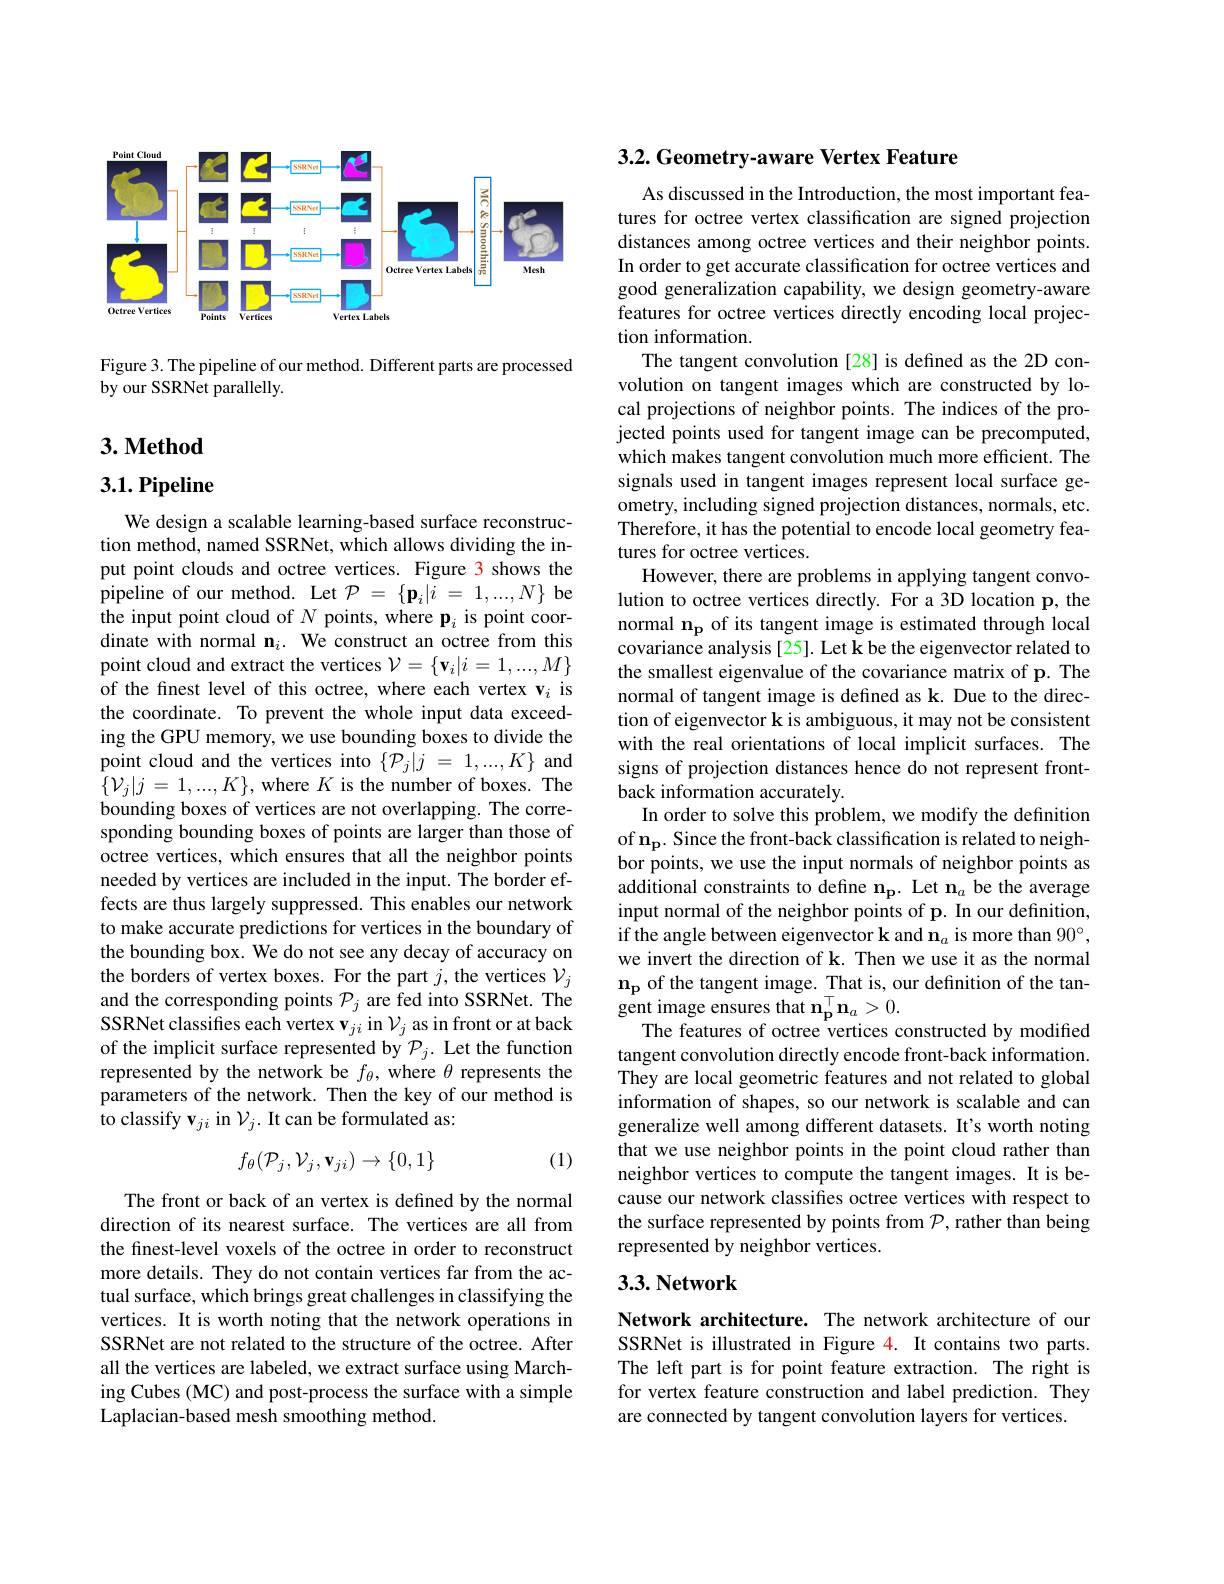
<FigureHere>

Figure 3. The pipeline of our method. Different parts are processed
by our SSRNet parallelly.

## $3. \textbf{Method}$

3.1. Pipeline

We design a scalable learning-based surface reconstruction method, named SSRNet, which allows dividing the input point clouds and octree vertices. Figure 3 shows the pipeline of our method. Let $\mathcal{P}=\{\mathbf{p}_i|i=1,...,N\}$ be the input point cloud of $N$ points, where p$_i$ is point coordinate with normal $\mathbf{n}_i.$ We construct an octree from this point cloud and extract the vertices $\mathcal{V}=\{\mathbf{v}_i|i=1,...,M\}$ of the finest level of this octree, where each vertex vis the coordinate. To prevent the whole input data exceeding the GPU memory, we use bounding boxes to divide the point cloud and the vertices into $\{\mathcal{P}_j|j~=~1,...,K\}$ and $\{\mathcal{V}_{j}|j=1,...,K\}$, where $K$ is the number of boxes. The bounding boxes of vertices are not overlapping. The corresponding bounding boxes of points are larger than those of octree vertices, which ensures that all the neighbor points needed by vertices are included in the input. The border effects are thus largely suppressed. This enables our network to make accurate predictions for vertices in the boundary of the bounding box. We do not see any decay of accuracy on the borders of vertex boxes. For the part $j$,the vertices $\mathcal{V}_j$ and the corresponding points $\mathcal{P}_j$ are fed into SSRNet. The SSRNet classifies each vertex $\mathbf{v}_{ji}$ in $\mathcal{V}_j$ as in front or at back of the implicit surface represented by $\mathcal{P}_j.$ Let the function represented by the network be $f_\theta$, where $\theta$ represents the parameters of the network. Then the key of our method is to classify v$_ji$ in $\mathcal{V}_j.$ It can be formulated as:
$$f_\theta(\mathcal{P}_j,\mathcal{V}_j,\mathbf{v}_{ji})\to\{0,1\}$$
(1)

The front or back of an vertex is defined by the normal direction of its nearest surface. The vertices are all from the finest-level voxels of the octree in order to reconstruct more details. They do not contain vertices far from the actual surface, which brings great challenges in classifying the vertices. It is worth noting that the network operations in SSRNet are not related to the structure of the octree. After all the vertices are labeled, we extract surface using Marching Cubes (MC) and post-process the surface with a simple Laplacian-based mesh smoothing method

3.2. Geometry-aware Vertex Feature

As discussed in the Introduction, the most important features for octree vertex classification are signed projection distances among octree vertices and their neighbor points. In order to get accurate classification for octree vertices and good generalization capability, we design geometry-aware features for octree vertices directly encoding local projection information.
The tangent convolution [28] is defined as the 2D convolution on tangent images which are constructed by local projections of neighbor points. The indices of the projected points used for tangent image can be precomputed, which makes tangent convolution much more efficient. The signals used in tangent images represent local surface geometry, including signed projection distances, normals, etc. Therefore, it has the potential to encode local geometry features for octree vertices.
However, there are problems in applying tangent convolution to octree vertices directly. For a 3D location p, the normal $\mathbf{n_p}$ of its tangent image is estimated through local covariance analysis [25]. Let k be the eigenvector related to the smallest eigenvalue of the covariance matrix of p. The normal of tangent image is defined as k. Due to the direction of eigenvector k is ambiguous, it may not be consistent with the real orientations of local implicit surfaces. The signs of projection distances hence do not represent frontback information accurately.
In order to solve this problem, we modify the definition of n$_{\mathbf{p}}.$ Since the front-back classification is related to neighbor points, we use the input normals of neighbor points as additional constraints to define $\mathbf{n_p.~Let~n_a~be~the~average}$ input normal of the neighbor points of p. In our definition, if the angle between eigenvector k and n$_a$ is more than $90^\circ$, we invert the direction of k. Then we use it as the normal $\mathbf{n}_{\mathbf{p}}$ of the tangent image. That is, our definition of the tan- $\overset{r}{\operatorname*{\operatorname*{gent~image~ensures~that~}}\mathbf{n}_{\mathbf{p}}^{\top}\mathbf{n}_{a}>0.}$
The features of octree vertices constructed by modified tangent convolution directly encode front-back information. They are local geometric features and not related to global information of shapes, so our network is scalable and can generalize well among different datasets. It's worth noting that we use neighbor points in the point cloud rather than neighbor vertices to compute the tangent images. It is because our network classifies octree vertices with respect to the surface represented by points from $\mathcal{P}$, rather than being represented by neighbor vertices.

## 3.3. Network

Network architecture. The network architecture of our SSRNet is illustrated in Figure 4. It contains two parts. The left part is for point feature extraction. The right is for vertex feature construction and label prediction. They are connected by tangent convolution layers for vertices.